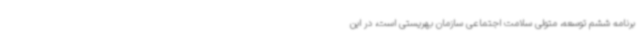
برنامه ششم‌ توسعه، متولی سلامت اجتماعی سازمان بهریستی است، در این